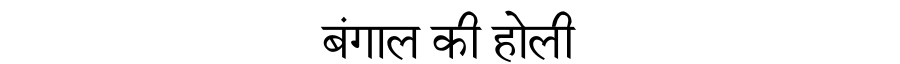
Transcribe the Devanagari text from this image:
बंगाल की होली